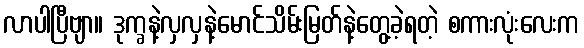
လာပါပြီဗျာ။ ဒုက္ခနဲ့လှလှနဲ့မောင်သိမ်းမြတ်နဲ့တွေ့ခဲ့ရတဲ့ စကားလုံးလေးက